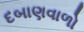
દબાણવાળો